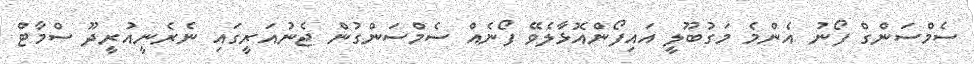
ސެމްސަންގް ފޯނު އެންމެ މަގުބޫލީ އައިފޯންއޮޅާލެވޭ ފޯނެއް ސެމްސަންގުން ޖެނުއަރީގައި ނެރެނީއުރީދޫ ސްމާޓް